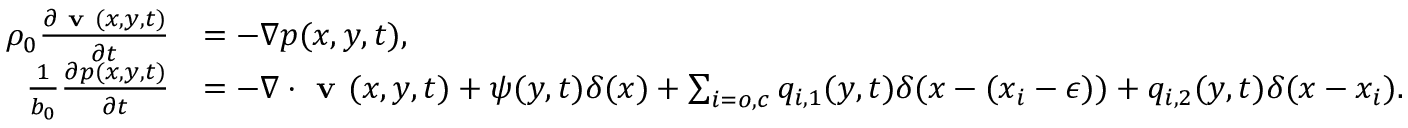
\begin{array} { r l } { \rho _ { 0 } \frac { \partial \textbf { v } ( x , y , t ) } { \partial t } } & { = - \nabla p ( x , y , t ) , } \\ { \frac { 1 } { b _ { 0 } } \frac { \partial p ( x , y , t ) } { \partial t } } & { = - \nabla \cdot \textbf { v } ( x , y , t ) + \psi ( y , t ) \delta ( x ) + \sum _ { i = o , c } { q _ { i , 1 } ( y , t ) \delta ( x - ( x _ { i } - \epsilon ) ) + q _ { i , 2 } ( y , t ) \delta ( x - x _ { i } ) } . } \end{array}